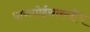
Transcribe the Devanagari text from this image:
पाणपोईसारखीच